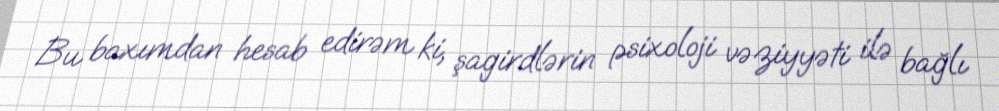
Bu baxımdan hesab edirəm ki, şagirdlərin psixoloji vəziyyəti ilə bağlı